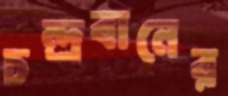
চন্দ্রবানের